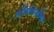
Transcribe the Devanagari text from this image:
अभिविन्यासित